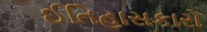
ઈતિહાસકારો